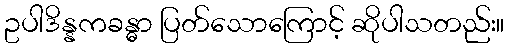
ဥပါဒိန္နကခန္ဓာ ပြတ်သောကြောင့် ဆိုပါသတည်း။